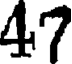
47